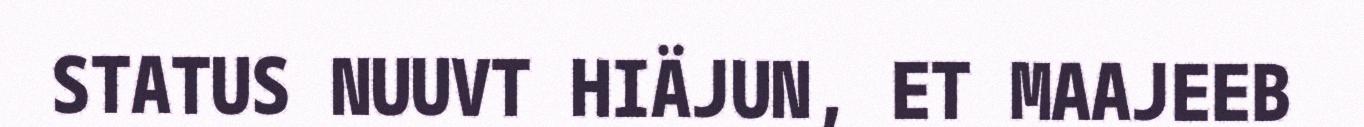
STATUS NUUVT HIÄJUN, ET MAAJEEB